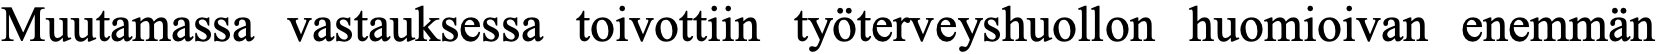
Muutamassa vastauksessa toivottiin työterveyshuollon huomioivan enemmän